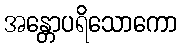
အန္တောပရိသောကော